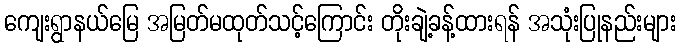
ကျေးရွာနယ်မြေ အမြတ်မထုတ်သင့်ကြောင်း တိုးချဲ့ခန့်ထားရန် အသုံးပြုနည်းများ